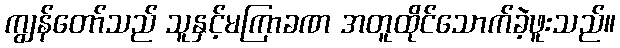
ကျွန်တော်သည် သူနှင့်မကြာခဏ အတူထိုင်သောက်ခဲ့ဖူးသည်။